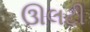
ઊલટી